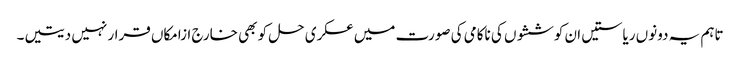
تاہم یہ دونوں ریاستیں ان کوششوں کی ناکامی کی صورت میں عسکری حل کو بھی خارج ازامکاں قرار نہیں دیتیں۔